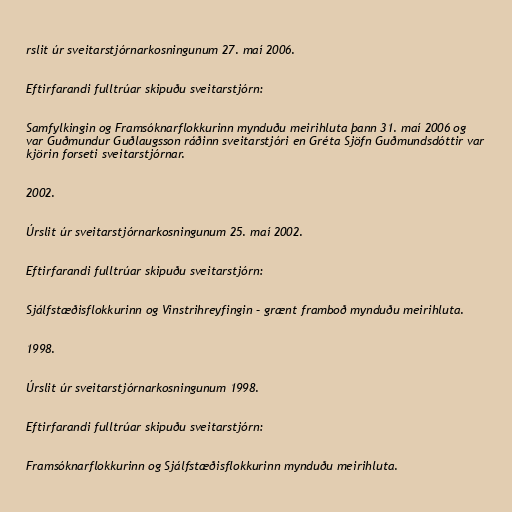
rslit úr sveitarstjórnarkosningunum 27. maí 2006.

Eftirfarandi fulltrúar skipuðu sveitarstjórn:

Samfylkingin og Framsóknarflokkurinn mynduðu meirihluta þann 31. maí 2006 og
var Guðmundur Guðlaugsson ráðinn sveitarstjóri en Gréta Sjöfn Guðmundsdóttir var
kjörin forseti sveitarstjórnar.

2002.

Úrslit úr sveitarstjórnarkosningunum 25. maí 2002.

Eftirfarandi fulltrúar skipuðu sveitarstjórn:

Sjálfstæðisflokkurinn og Vinstrihreyfingin – grænt framboð mynduðu meirihluta.

1998.

Úrslit úr sveitarstjórnarkosningunum 1998.

Eftirfarandi fulltrúar skipuðu sveitarstjórn:

Framsóknarflokkurinn og Sjálfstæðisflokkurinn mynduðu meirihluta.